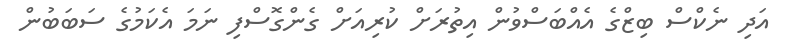
އަދި ނެކްސް ބިޒްގެ އެއްބަސްވުން އިތުރަށް ކުރިއަށް ގެންގޮސްފި ނަމަ އެކަމުގެ ސަބަބުން